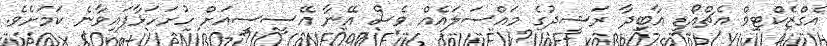
އެގްޒެކްޓިވް އެޗްއޯޑީ އާބިދާ ރަޝީދުގެ މައްސަލައެއް ވެސް އޭނާ އޭސީސީއަށް ހުށަހަޅާފައިވާނެ ކަމަށެވެ.